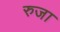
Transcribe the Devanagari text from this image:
रुजा